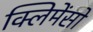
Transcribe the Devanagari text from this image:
क्लिमेंसो